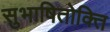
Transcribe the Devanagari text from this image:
सुभाषितोक्ति